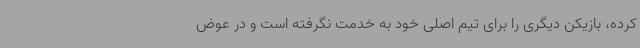
کرده، بازیکن دیگری را برای تیم اصلی خود به خدمت نگرفته است و در عوض